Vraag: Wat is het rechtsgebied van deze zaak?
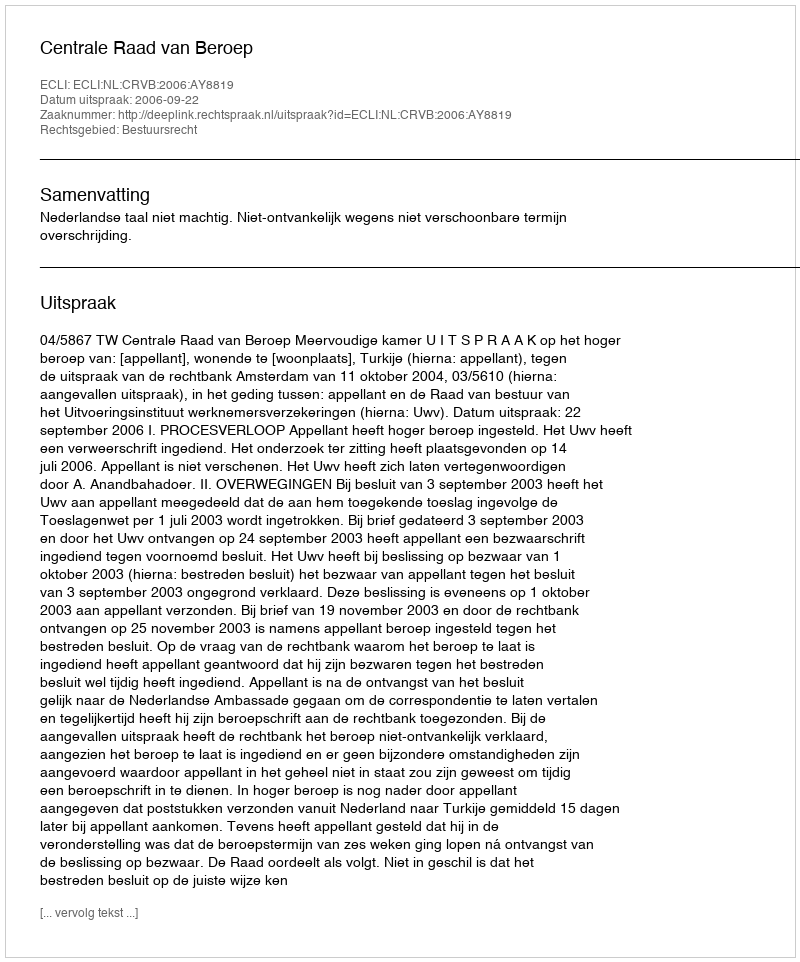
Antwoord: Bestuursrecht